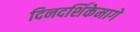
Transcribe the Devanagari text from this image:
दिनदर्शिकेमागे